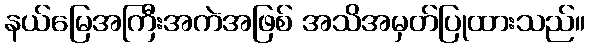
နယ်မြေအကြီးအကဲအဖြစ် အသိအမှတ်ပြုထားသည်။